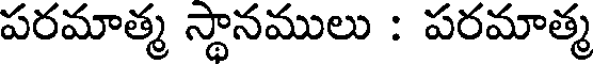
పరమాత్మ స్థానములు : పరమాత్మ